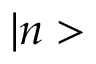
| n >